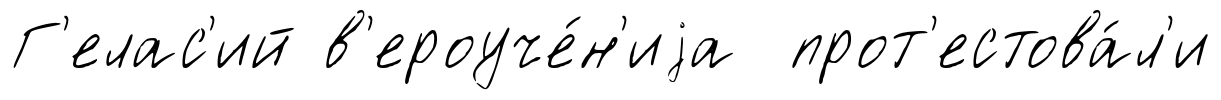
Г'елас'ий в'ероуче́н'иjа прот'естова́л'и